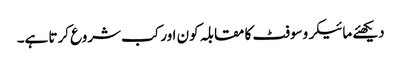
دیکھئے مائیکروسوفٹ کا مقابلہ کون اور کب شروع کرتا ہے۔